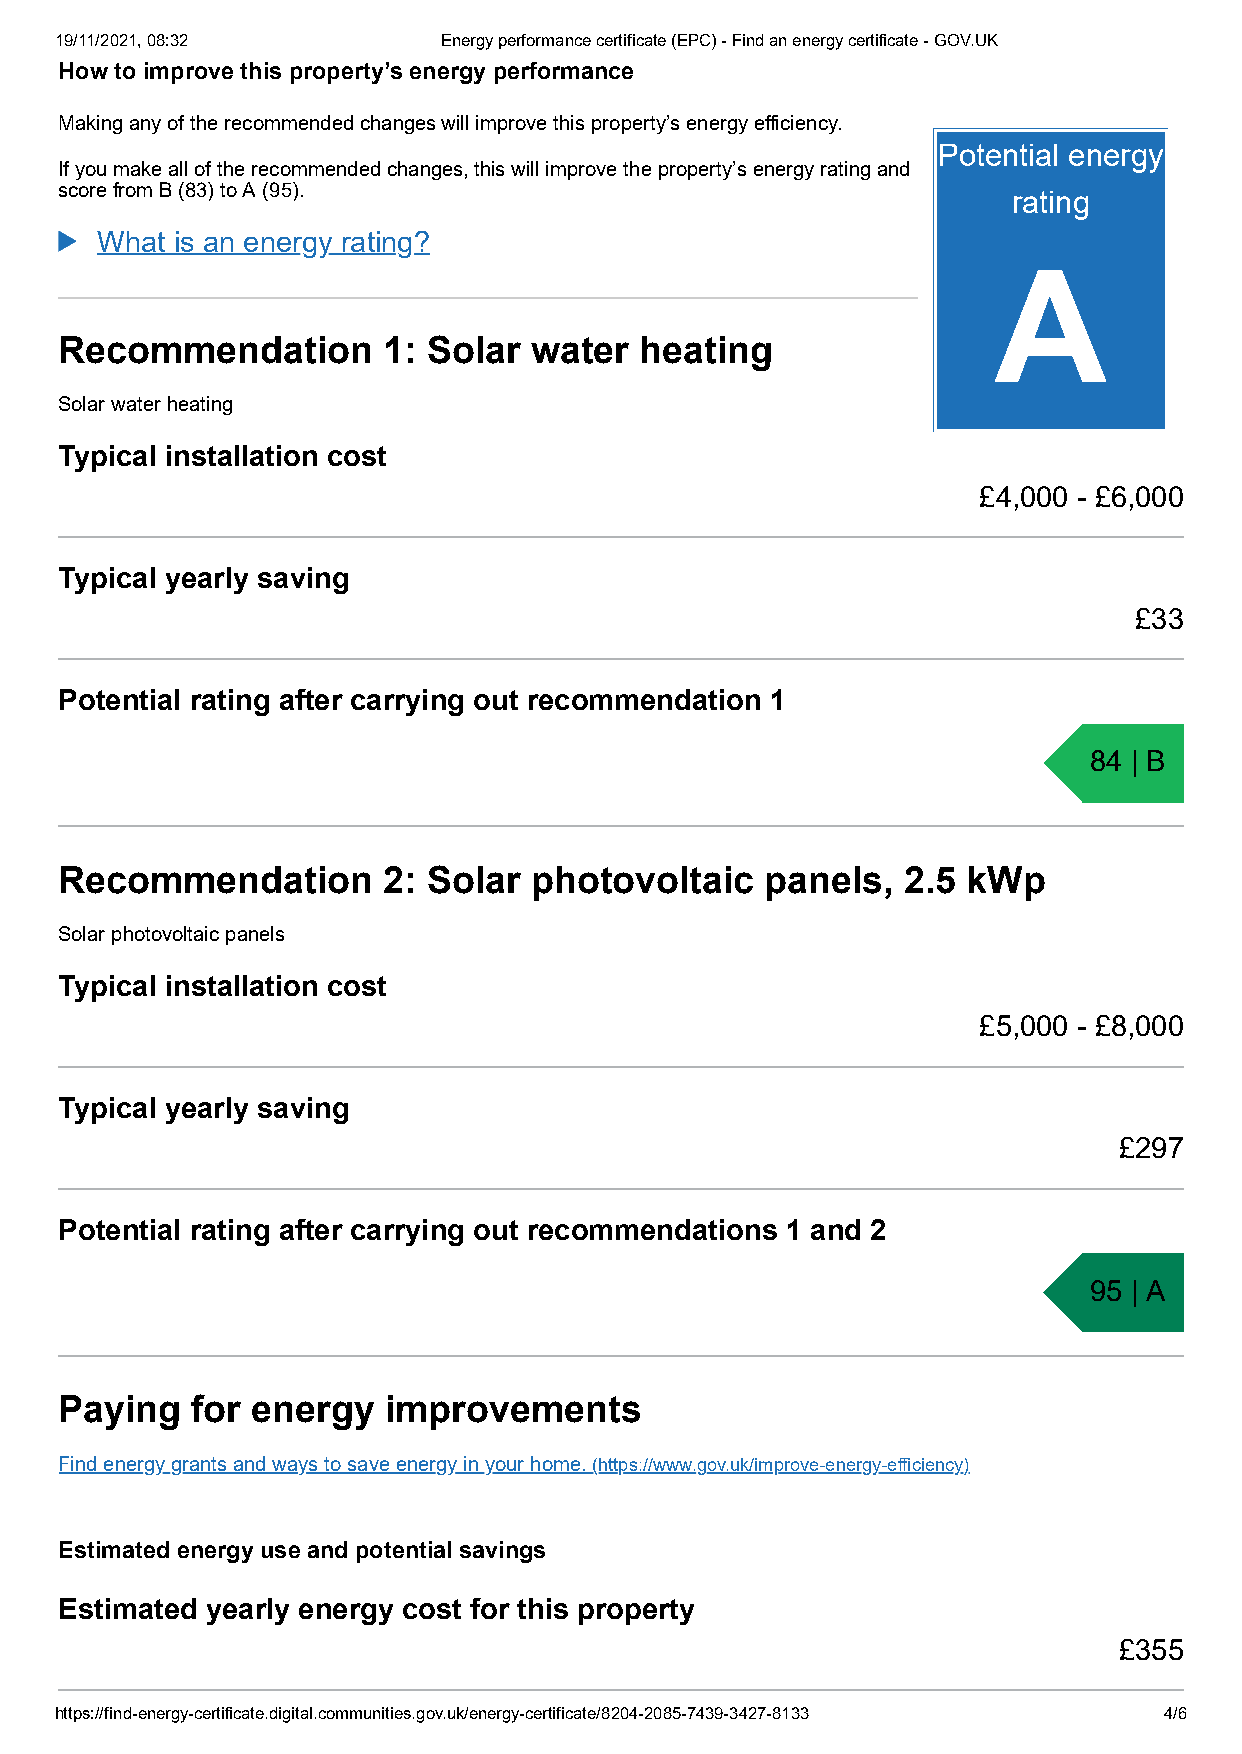
19/11/2021, 08:32        Energy performance certificate (EPC) - Find an energy certificate - GOV.UK
 How to improve this property’s energy performance
 Making any of the recommended changes will improve this property’s energy efficiency.
 Potential energy
 If you make all of the recommended changes, this will improve the property’s energy rating and
 score from B (83) to A (95).
 rating
 What is an energy rating?
 A
 Recommendation       1: Solar  water  heating
 Solar water heating
 Typical installation cost
 £4,000 - £6,000
 Typical yearly saving
 £33
 Potential rating after carrying out recommendation 1
 84 | B
 Recommendation       2: Solar  photovoltaic    panels,  2.5 kWp
 Solar photovoltaic panels
 Typical installation cost
 £5,000 - £8,000
 Typical yearly saving
 £297
 Potential rating after carrying out recommendations 1 and 2
 95 | A
 Paying   for energy   improvements
 Find energy grants and ways to save energy in your home. (https://www.gov.uk/improve-energy-efficiency)
 Estimated energy use and potential savings
 Estimated yearly energy cost for this property
 £355
 https://find-energy-certificate.digital.communities.gov.uk/energy-certificate/8204-2085-7439-3427-8133 4/6